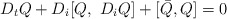
\begin{align*}D_{t} Q+D_i [Q,~D_i Q]+[\bar Q,Q]=0\end{align*}